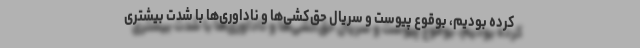
کرده بودیم، بوقوع پیوست و سریال حق‌کشی‌ها و ناداوری‌ها با شدت بیشتری